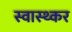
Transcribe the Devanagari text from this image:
स्वास्थ्कर